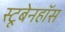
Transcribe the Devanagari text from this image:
स्टूबेनहॉस